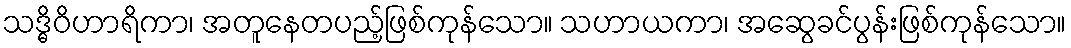
သဒ္ဓိဝိဟာရိကာ၊ အတူနေတပည့်ဖြစ်ကုန်သော။ သဟာယကာ၊ အဆွေခင်ပွန်းဖြစ်ကုန်သော။